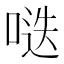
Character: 𱓌